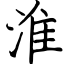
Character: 淮